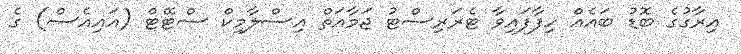
އިރާގުގެ ބޮޑު ބައެއް ހިފާފައިވާ ޓެރަރިސްޓު ޖަމާއަތް އިސްލާމިކް ސްޓޭޓް (އައިއެސް) ގެ